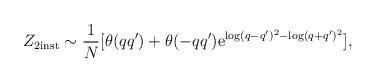
LaTeX: \begin{align*}Z_{2 {\rm inst}} \sim \frac{1}{N} [\theta(qq')+ \theta(-qq') {\rm e}^{\log(q-q')^2-\log(q+q')^2} ] ,\end{align*}